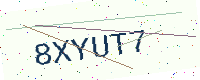
Text: 8XYUT7